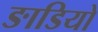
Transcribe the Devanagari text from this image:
ङाडियो